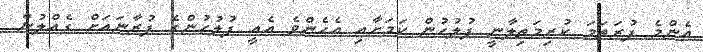
އެންމެ ފުރަތަމަ ކުރިމަތިލާނީ ފުލުހުން ކަމަށާއި އެހެންވެ އެއީ ފުލުހުންގެ ފުރާނައަށް ގެއްލުން